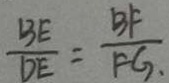
\frac { B E } { D E } = \frac { B F } { F G . }